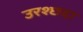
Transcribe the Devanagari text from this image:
उरश्छदा